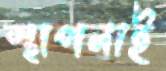
স্থাপনাই